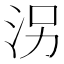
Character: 𱦀